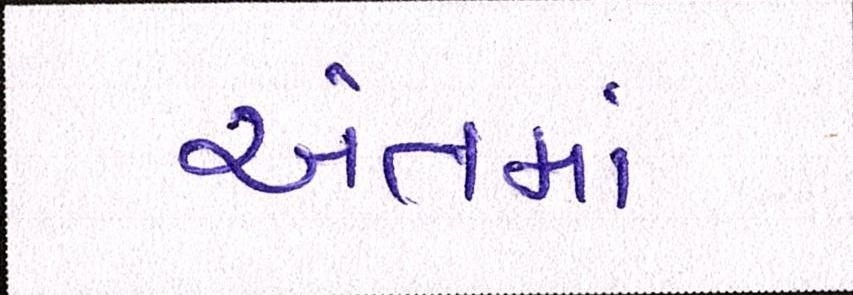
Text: અંતમાં